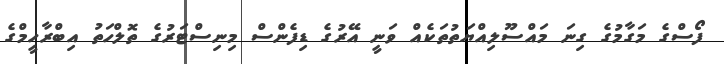
ފޯސްގެ މަގާމުގެ ގިނަ މައްސޫލިއްޔަތުތަކެއް ވަނީ އޭރުގެ ޑިފެންސް މިނިސްޓަރުގެ ތޮލްހަތު އިބްރާހީމްގެ